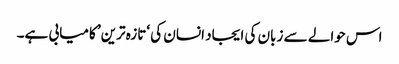
اس حوالے سے زبان کی ایجاد انسان کی ‘تازہ ترین’ کامیابی ہے۔